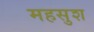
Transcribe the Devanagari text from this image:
महसुश